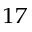
^ { 1 7 }